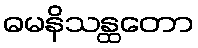
ဓမနိသန္ထတော